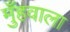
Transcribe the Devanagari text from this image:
मुँहवाला